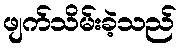
ဖျက်သိမ်းခဲ့သည်